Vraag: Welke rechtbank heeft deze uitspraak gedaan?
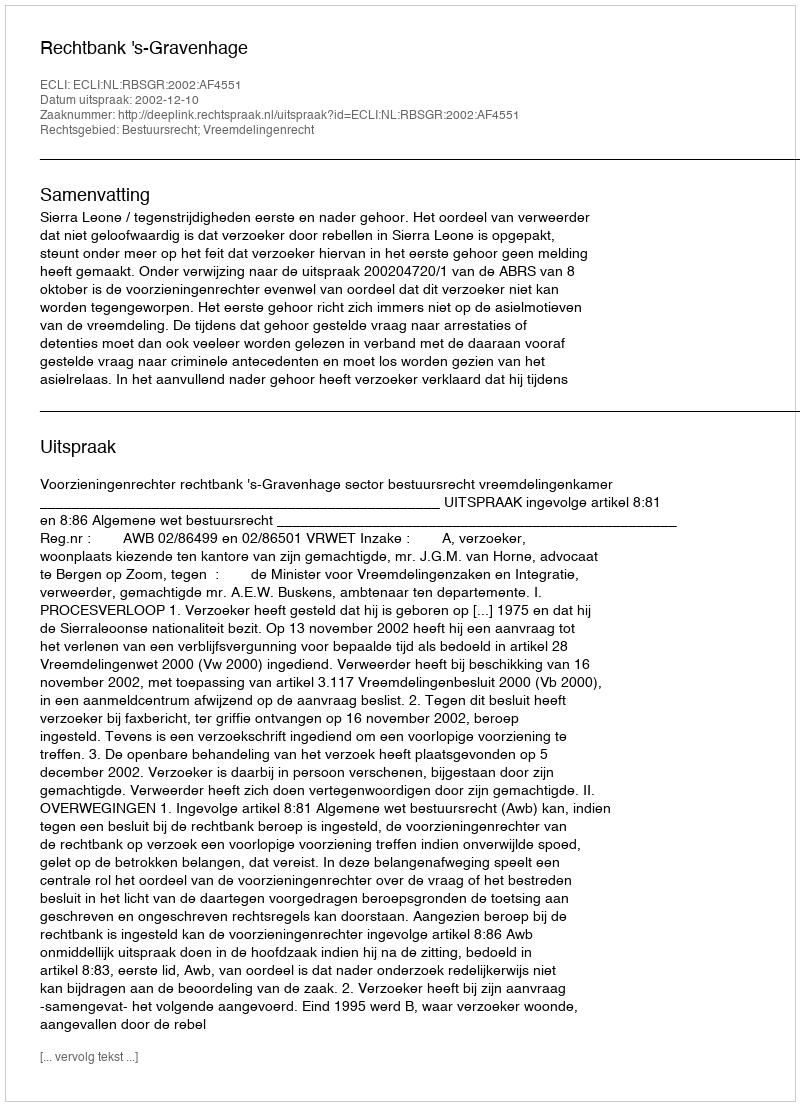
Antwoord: Rechtbank 's-Gravenhage